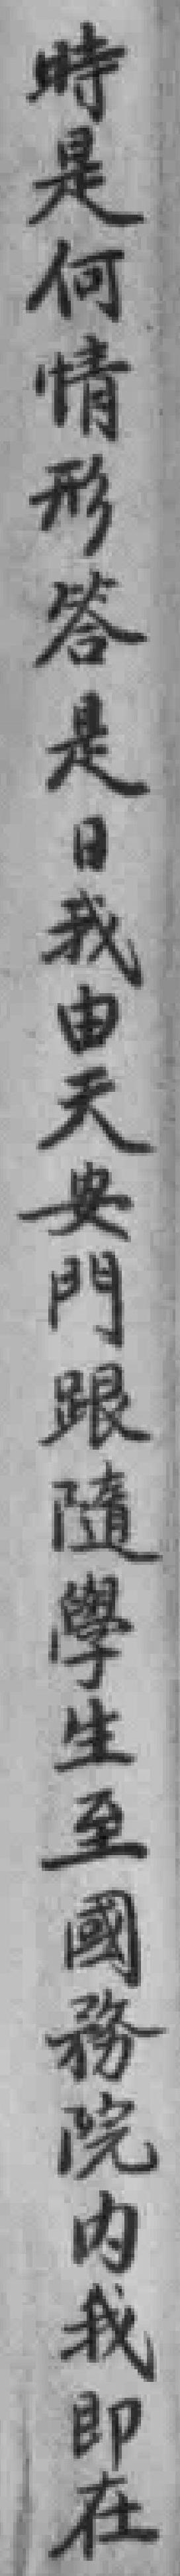
時是何情形答是日我由天安門跟隨學生至國務院內我即在